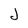
Character: J